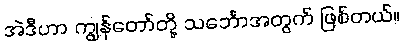
အဲဒီဟာ ကျွန်တော်တို့ သင်္ဘောအတွက် ဖြစ်တယ်။